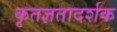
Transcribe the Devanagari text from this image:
कृतज्ञतादर्शक